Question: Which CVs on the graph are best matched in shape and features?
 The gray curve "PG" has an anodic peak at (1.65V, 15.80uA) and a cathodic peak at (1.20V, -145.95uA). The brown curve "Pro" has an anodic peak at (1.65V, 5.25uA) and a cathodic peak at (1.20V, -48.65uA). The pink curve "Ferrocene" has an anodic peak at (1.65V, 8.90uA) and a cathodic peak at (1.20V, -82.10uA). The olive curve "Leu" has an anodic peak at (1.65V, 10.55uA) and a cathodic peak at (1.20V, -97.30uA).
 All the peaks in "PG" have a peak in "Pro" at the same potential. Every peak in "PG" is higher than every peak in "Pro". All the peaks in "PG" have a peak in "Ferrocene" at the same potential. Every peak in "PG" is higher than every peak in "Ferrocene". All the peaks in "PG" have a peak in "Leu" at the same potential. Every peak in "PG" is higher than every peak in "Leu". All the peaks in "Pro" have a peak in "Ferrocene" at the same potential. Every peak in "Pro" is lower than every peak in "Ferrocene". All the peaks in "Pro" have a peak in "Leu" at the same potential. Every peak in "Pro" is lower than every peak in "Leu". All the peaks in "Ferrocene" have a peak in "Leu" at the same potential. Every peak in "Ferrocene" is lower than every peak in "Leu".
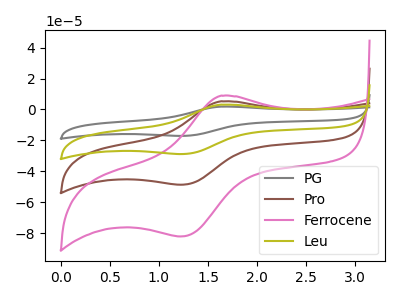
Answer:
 <answer>"Ferrocene", "PG", "Pro" and "Leu" have the same shape and are likely CV's of the same chemical.</answer>
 <eval>"Ferrocene" "PG" "Pro" "Leu"</eval>